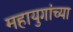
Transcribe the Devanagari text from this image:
महायुगांच्या